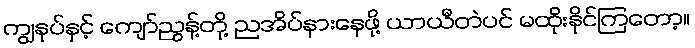
ကျွနုပ်နှင့် ကျော်ညွန့်တို့ ညအိပ်နားနေဖို့ ယာယီတဲပင် မထိုးနိုင်ကြတော့။